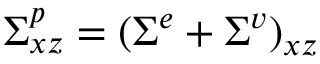
\Sigma _ { x z } ^ { p } = ( \Sigma ^ { e } + \Sigma ^ { v } ) _ { x z }